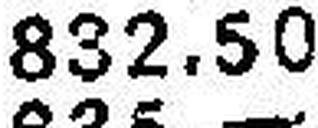
832.50